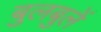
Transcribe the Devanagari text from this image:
बुलबुलें